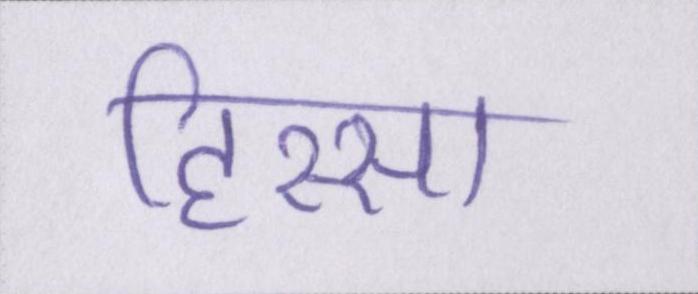
हिस्सा